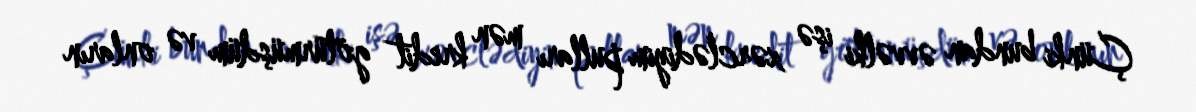
Çünki bundan əvvəlki işə xərclədiyim pulları mən kredit götürmüşdüm və onların